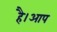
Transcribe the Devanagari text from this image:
है।आप